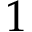
1